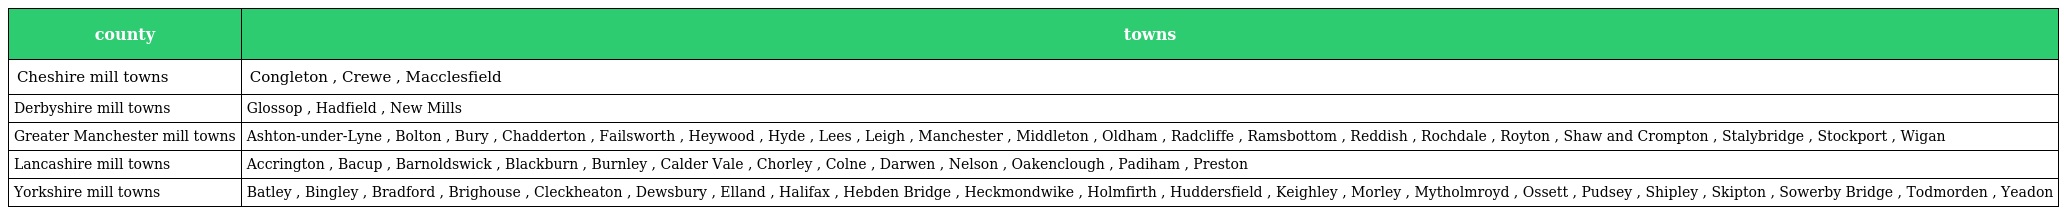
| county | towns |
 | --- | --- |
 | Cheshire mill towns | Congleton , Crewe , Macclesfield |
 | Derbyshire mill towns | Glossop , Hadfield , New Mills |
 | Greater Manchester mill towns | Ashton-under-Lyne , Bolton , Bury , Chadderton , Failsworth , Heywood , Hyde , Lees , Leigh , Manchester , Middleton , Oldham , Radcliffe , Ramsbottom , Reddish , Rochdale , Royton , Shaw and Crompton , Stalybridge , Stockport , Wigan |
 | Lancashire mill towns | Accrington , Bacup , Barnoldswick , Blackburn , Burnley , Calder Vale , Chorley , Colne , Darwen , Nelson , Oakenclough , Padiham , Preston |
 | Yorkshire mill towns | Batley , Bingley , Bradford , Brighouse , Cleckheaton , Dewsbury , Elland , Halifax , Hebden Bridge , Heckmondwike , Holmfirth , Huddersfield , Keighley , Morley , Mytholmroyd , Ossett , Pudsey , Shipley , Skipton , Sowerby Bridge , Todmorden , Yeadon |